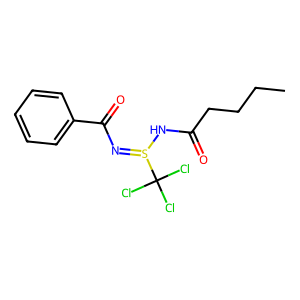
SMILES: CCCCC(=O)NS(=NC(=O)c1ccccc1)C(Cl)(Cl)Cl
Inhibits HIV replication: No